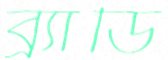
ব্র্যাডি